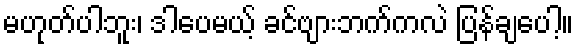
မဟုတ်ပါဘူး၊ ဒါပေမယ့် ခင်ဗျားဘက်ကလဲ ပြန်ချပေါ့။